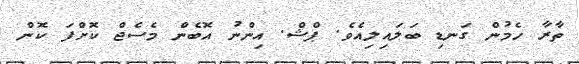
ތާރާ ހެމުން ގަނޑި ބަލައިލިއެވެ. ޕްޝް. އިންނު އޮބެން މެސެޖް ކޮށްފަ ކޮން